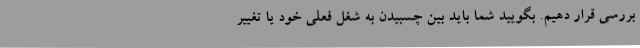
بررسی قرار دهیم. بگویید شما باید بین چسبیدن به شغل فعلی خود یا تغییر